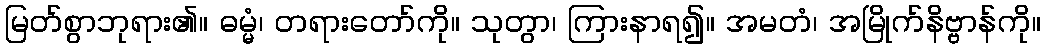
မြတ်စွာဘုရား၏။ ဓမ္မံ၊ တရားတော်ကို။ သုတွာ၊ ကြားနာရ၍။ အမတံ၊ အမြိုက်နိဗ္ဗာန်ကို။